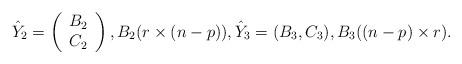
LaTeX: \begin{align*}\hat Y_2=\left(\begin{array}{c} B_2 \\ C_2 \\\end{array}\right), B_2(r \times (n-p)), \hat Y_3=(B_3, C_3), B_3((n-p) \times r).\end{align*}